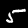
Digit: 5